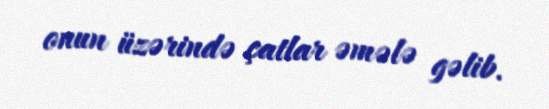
onun üzərində çatlar əmələ gəlib.